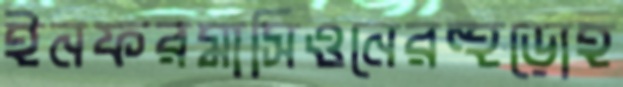
ইনফরমাসিওনেরহুড়োহ